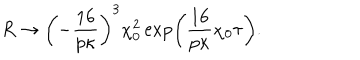
LaTeX: R \rightarrow \left( - \frac { 1 6 } { p \kappa } \right) ^ { 3 } \chi _ { 0 } ^ { 2 } \exp \left( \frac { 1 6 } { p \kappa } \chi _ { 0 } \tau \right) .